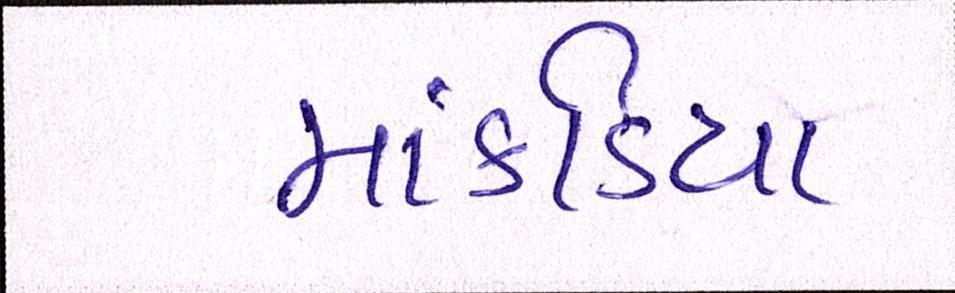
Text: માંકડિયા